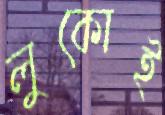
লুকোই